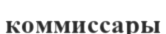
коммиссары